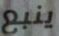
ينبع